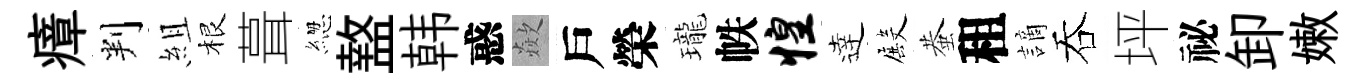
瘴判組根葺緫盩韩惑歘戶榮瓏帙惶逹殿蛬租謫吞坪祕卸嫩